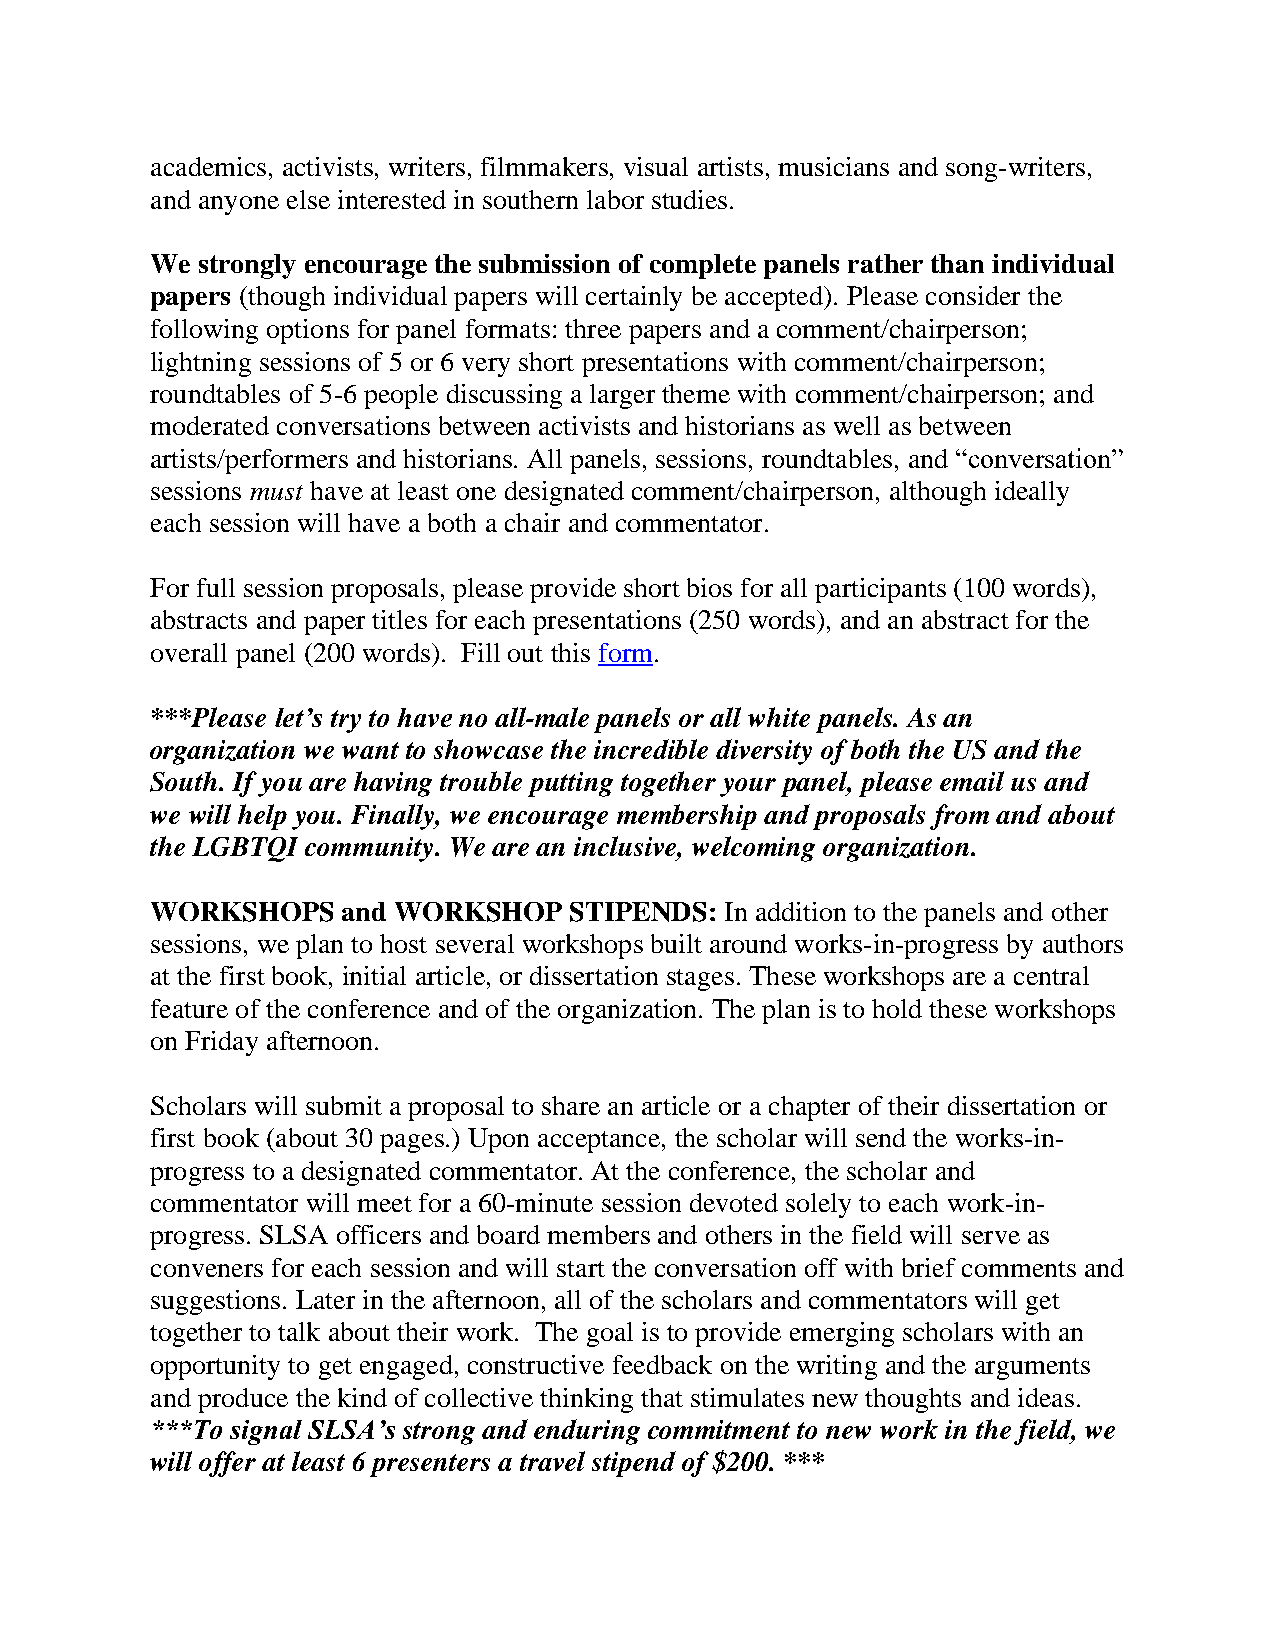
academics, activists, writers, filmmakers, visual artists, musicians and song-writers,
 and anyone else interested in southern labor studies.
 We strongly encourage the submission of complete panels rather than individual
 papers (though individual papers will certainly be accepted). Please consider the
 following options for panel formats: three papers and a comment/chairperson;
 lightning sessions of 5 or 6 very short presentations with comment/chairperson;
 roundtables of 5-6 people discussing a larger theme with comment/chairperson; and
 moderated conversations between activists and historians as well as between
 artists/performers and historians. All panels, sessions, roundtables, and “conversation”
 sessions must have at least one designated comment/chairperson, although ideally
 each session will have a both a chair and commentator.
 For full session proposals, please provide short bios for all participants (100 words),
 abstracts and paper titles for each presentations (250 words), and an abstract for the
 overall panel (200 words). Fill out this form.
 ***Please let’s try to have no all-male panels or all white panels. As an
 organization we want to showcase the incredible diversity of both the US and the
 South. If you are having trouble putting together your panel, please email us and
 we will help you. Finally, we encourage membership and proposals from and about
 the LGBTQI community. We are an inclusive, welcoming organization.
 WORKSHOPS    and WORKSHOP   STIPENDS: In addition to the panels and other
 sessions, we plan to host several workshops built around works-in-progress by authors
 at the first book, initial article, or dissertation stages. These workshops are a central
 feature of the conference and of the organization. The plan is to hold these workshops
 on Friday afternoon.
 Scholars will submit a proposal to share an article or a chapter of their dissertation or
 first book (about 30 pages.) Upon acceptance, the scholar will send the works-in-
 progress to a designated commentator. At the conference, the scholar and
 commentator will meet for a 60-minute session devoted solely to each work-in-
 progress. SLSA officers and board members and others in the field will serve as
 conveners for each session and will start the conversation off with brief comments and
 suggestions. Later in the afternoon, all of the scholars and commentators will get
 together to talk about their work. The goal is to provide emerging scholars with an
 opportunity to get engaged, constructive feedback on the writing and the arguments
 and produce the kind of collective thinking that stimulates new thoughts and ideas.
 ***To signal SLSA’s strong and enduring commitment to new work in the field, we
 will offer at least 6 presenters a travel stipend of $200. ***